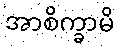
အာစိက္ခာမိ